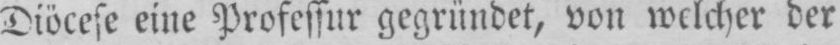
Diöcese eine Professur gegründet, von welcher der